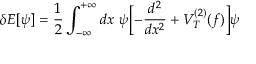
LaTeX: \delta E [ \psi ] = { \frac { 1 } { 2 } } \int _ { - \infty } ^ { + \infty } d x ~ \psi \biggl [ - { \frac { d ^ { 2 } } { d x ^ { 2 } } } + V _ { T } ^ { ( 2 ) } ( f ) \biggr ] \psi